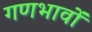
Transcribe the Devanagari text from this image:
गणभावों